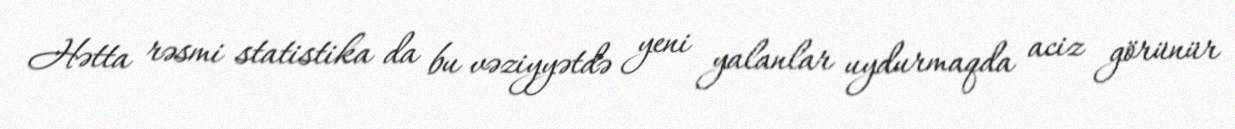
Hətta rəsmi statistika da bu vəziyyətdə yeni yalanlar uydurmaqda aciz görünür